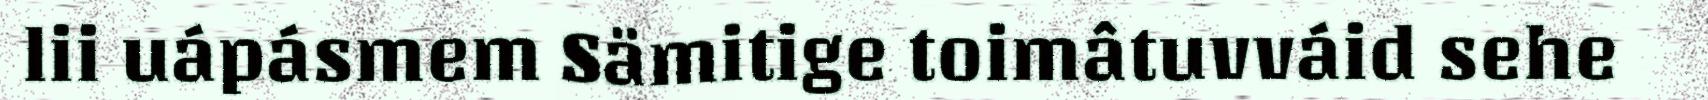
lii uápásmem Sämitige toimâtuvváid sehe